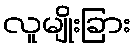
လူမျိုးခြား